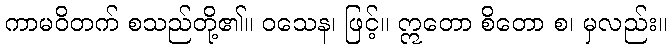
ကာမဝိတက် စသည်တို့၏။ ဝသေန၊ ဖြင့်။ ဣတော စိတော စ၊ မှလည်း။